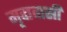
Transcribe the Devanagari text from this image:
मृदावासी